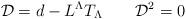
LaTeX: \begin{align*}{\cal D} = d - L^\Lambda T_{\Lambda} \qquad {\cal D}^2=0\end{align*}